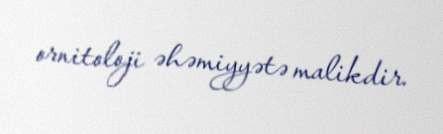
ornitoloji əhəmiyyətə malikdir.